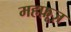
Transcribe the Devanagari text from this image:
महफ़ूज़